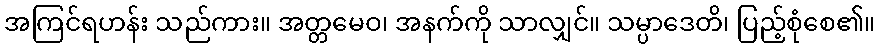
အကြင်ရဟန်း သည်ကား။ အတ္တမေဝ၊ အနက်ကို သာလျှင်။ သမ္ပာဒေတိ၊ ပြည့်စုံစေ၏။